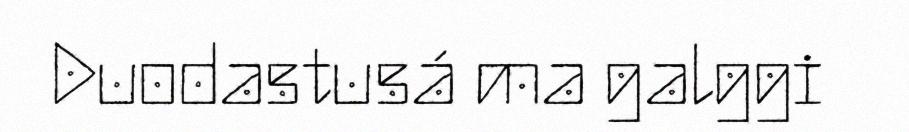
Duodastusá ma galggi